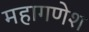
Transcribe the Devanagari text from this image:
महागणेश